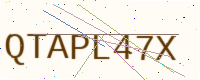
Text: QTAPL47X